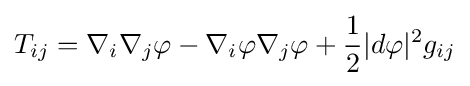
T_{ij}=\nabla _{i}\nabla _{j}\varphi -\nabla _{i}\varphi \nabla _{j}\varphi +{\frac {1}{2}}|d\varphi |^{2}g_{ij}